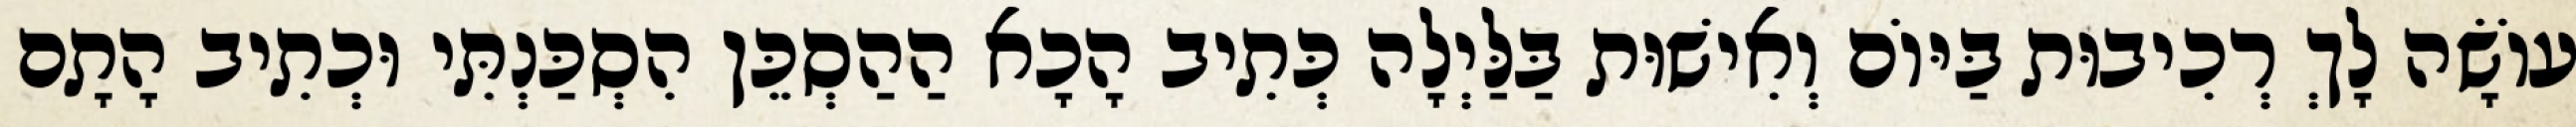
עוֹשָׂה לָךְ רְכִיבוּת בַּיּוֹם וְאִישׁוּת בַּלַּיְלָה כְּתִיב הָכָא הַהַסְכֵּן הִסְכַּנְתִּי וּכְתִיב הָתָם